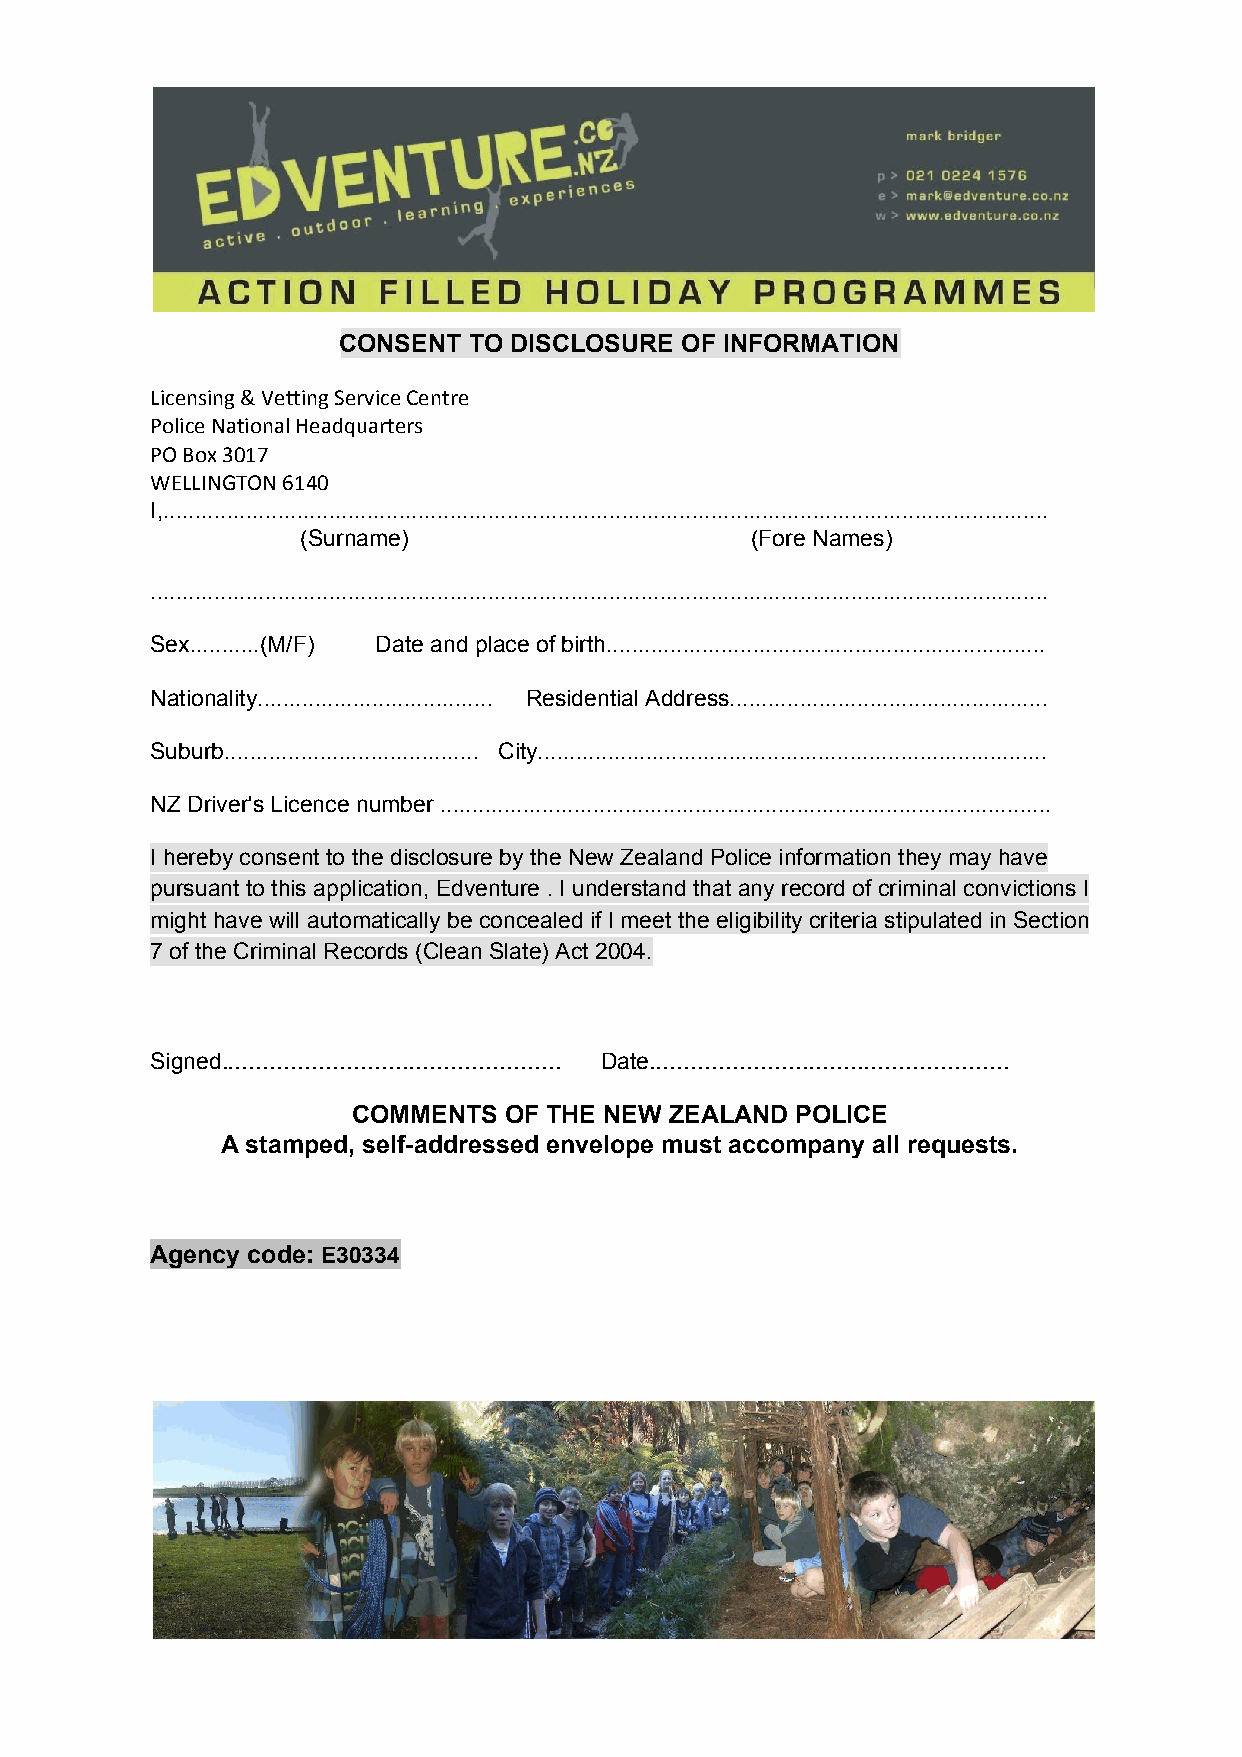
CONSENT  TO DISCLOSURE OF INFORMATION
 Licensing & Vetting Service Centre
 Police National Headquarters
 PO Box 3017
 WELLINGTON 6140
 I,...........................................................................................................................................
 (Surname)                     (Fore Names)
 .............................................................................................................................................
 Sex...........(M/F) Date and place of birth.....................................................................
 Nationality..................................... Residential Address..................................................
 Suburb........................................ City................................................................................
 NZ Driver's Licence number ................................................................................................
 I hereby consent to the disclosure by the New Zealand Police information they may have
 pursuant to this application, Edventure . I understand that any record of criminal convictions I
 might have will automatically be concealed if I meet the eligibility criteria stipulated in Section
 7 of the Criminal Records (Clean Slate) Act 2004.
 Signed................................................. Date....................................................
 ​                           ​
 COMMENTS  OF THE NEW ZEALAND  POLICE
 A stamped, self-addressed envelope must accompany all requests.
 Agency code: E30334
 ​